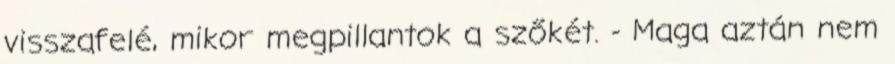
visszafelé, mikor megpillantok a szőkét. - Maga aztán nem